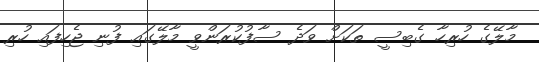
މާލޭގެ ހުރިހާ ގެބިސީ ތަކަށް ވަދެ ސާފުކުރަންވީ މާލޭގައި ފުނި ޖެހިފައި ހުރި